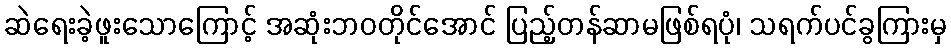
ဆဲရေးခဲ့ဖူးသောကြောင့် အဆုံးဘဝတိုင်အောင် ပြည့်တန်ဆာမဖြစ်ရပုံ၊ သရက်ပင်ခွကြားမှ